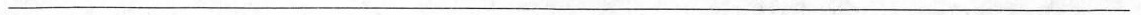
___